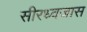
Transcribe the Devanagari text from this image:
सीरध्वजास